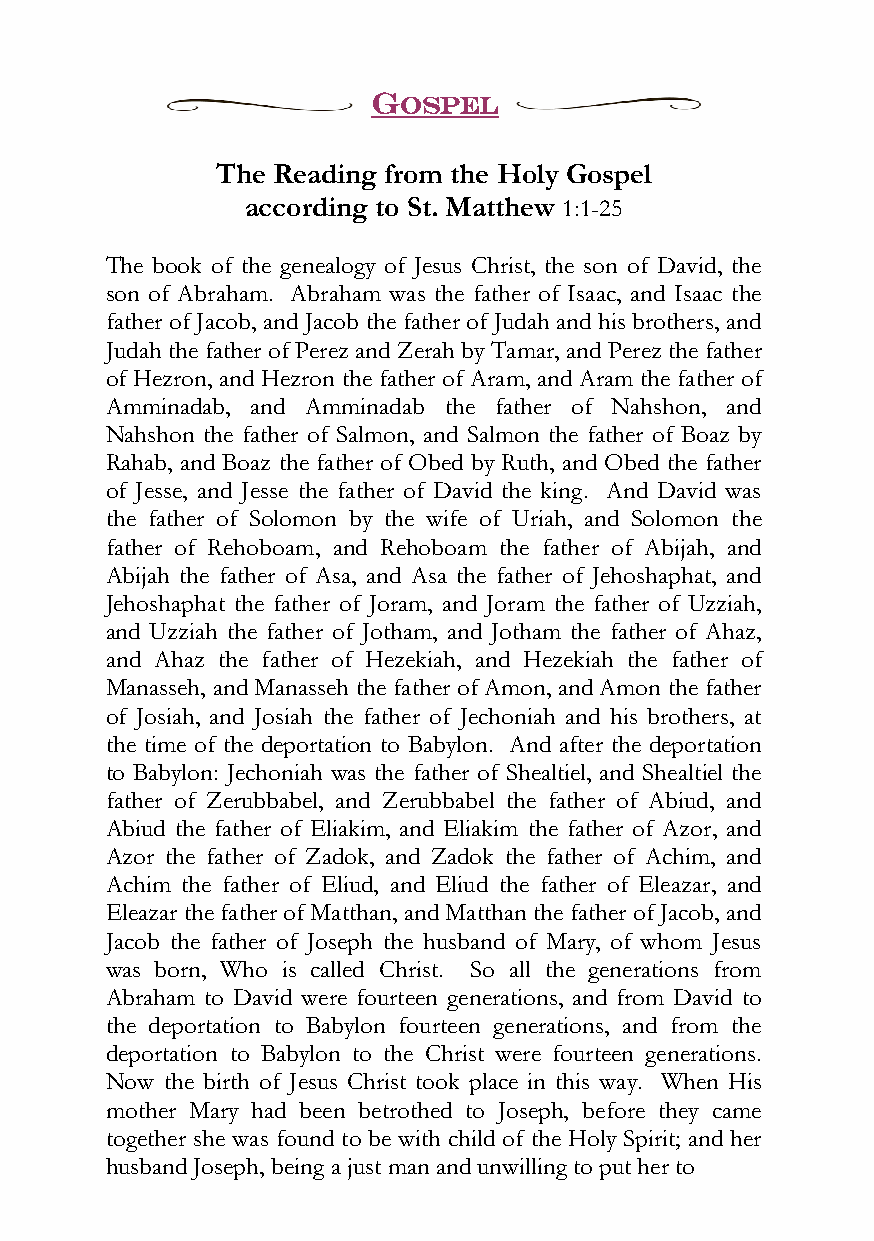
GOSPEL
 The Reading from the Holy Gospel
 according to St. Matthew 1:1-25
 The book of the genealogy of Jesus Christ, the son of David, the
 son of Abraham. Abraham was the father of Isaac, and Isaac the
 father of Jacob, and Jacob the father of Judah and his brothers, and
 Judah the father of Perez and Zerah by Tamar, and Perez the father
 of Hezron, and Hezron the father of Aram, and Aram the father of
 Amminadab, and Amminadab the father of Nahshon, and
 Nahshon the father of Salmon, and Salmon the father of Boaz by
 Rahab, and Boaz the father of Obed by Ruth, and Obed the father
 of Jesse, and Jesse the father of David the king. And David was
 the father of Solomon by the wife of Uriah, and Solomon the
 father of Rehoboam, and Rehoboam the father of Abijah, and
 Abijah the father of Asa, and Asa the father of Jehoshaphat, and
 Jehoshaphat the father of Joram, and Joram the father of Uzziah,
 and Uzziah the father of Jotham, and Jotham the father of Ahaz,
 and Ahaz the father of Hezekiah, and Hezekiah the father of
 Manasseh, and Manasseh the father of Amon, and Amon the father
 of Josiah, and Josiah the father of Jechoniah and his brothers, at
 the time of the deportation to Babylon. And after the deportation
 to Babylon: Jechoniah was the father of Shealtiel, and Shealtiel the
 father of Zerubbabel, and Zerubbabel the father of Abiud, and
 Abiud the father of Eliakim, and Eliakim the father of Azor, and
 Azor the father of Zadok, and Zadok the father of Achim, and
 Achim the father of Eliud, and Eliud the father of Eleazar, and
 Eleazar the father of Matthan, and Matthan the father of Jacob, and
 Jacob the father of Joseph the husband of Mary, of whom Jesus
 was born, Who is called Christ. So all the generations from
 Abraham to David were fourteen generations, and from David to
 the deportation to Babylon fourteen generations, and from the
 deportation to Babylon to the Christ were fourteen generations.
 Now the birth of Jesus Christ took place in this way. When His
 mother Mary had been betrothed to Joseph, before they came
 together she was found to be with child of the Holy Spirit; and her
 husband Joseph, being a just man and unwilling to put her to